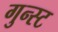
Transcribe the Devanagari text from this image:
गुन्स्ट